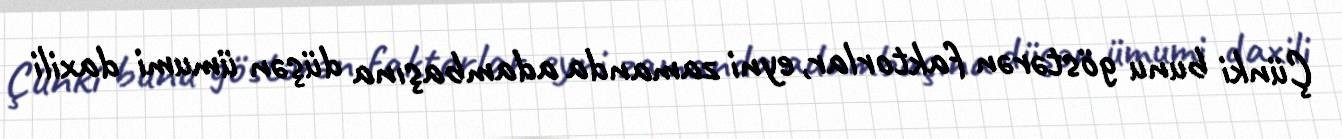
Çünki bunu göstərən faktorlar, eyni zamanda adambaşına düşən ümumi daxili